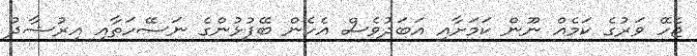
ޖެހޭ ވަރުގެ ކަމެއް ނޫން ކަމަށާއި އަބަދުވެސް އެހެން ބޭފުޅުންގެ ނަސޭހަތާއި އިރުޝާދު